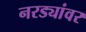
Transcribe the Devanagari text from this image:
नरड्यांवर